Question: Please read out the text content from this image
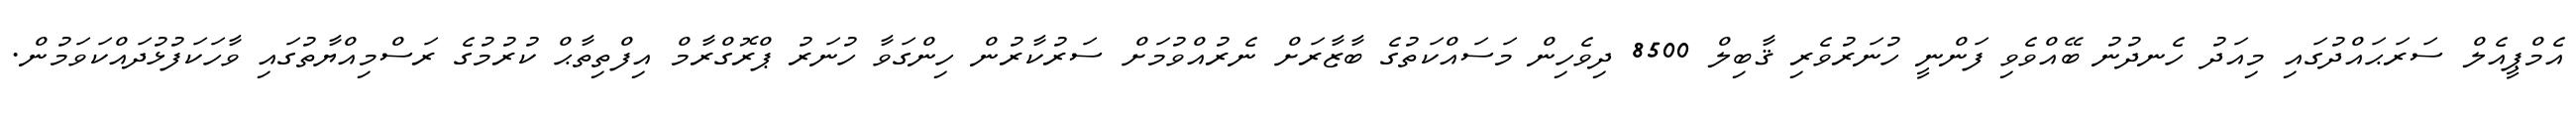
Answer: އެމްޕީއެލް ސަރަޙައްދުގައި މިއަދު ހެނދުނު ބޭއްވެވި ފަންނީ ހުނަރުވެރި ޤާބިލް 8500 ދިވެހިން މަސައްކަތުގެ ބާޒާރަށް ނެރުއްވުމަށް ސަރުކާރުން ހިންގަވާ ހުނަރު ޕްރޮގްރާމް އިފްތިތާޙް ކުރުމުގެ ރަސްމިއްޔާތުގައި ވާހަކަފުޅުދައްކަވަމުން.